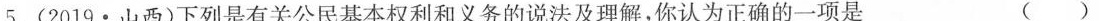
5.(2019·山西)下列是有关公民基本权利和义务的说法及理解，你认为正确的一项是 ( )